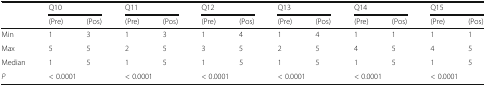
| <ROWSPAN=2>  | <COLSPAN=2> Q10 | <COLSPAN=2> Q11 | <COLSPAN=2> Q12 | <COLSPAN=2> Q13 | <COLSPAN=2> Q14 | <COLSPAN=2> Q15 |
 | (Pre) | (Pos) | (Pre) | (Pos) | (Pre) | (Pos) | (Pre) | (Pos) | (Pre) | (Pos) | (Pre) | (Pos) |
 | --- | --- | --- | --- | --- | --- | --- | --- | --- | --- | --- | --- | --- |
 | Min | 1 | 3 | 1 | 3 | 1 | 4 | 1 | 4 | 1 | 1 | 1 | 1 |
 | Max | 5 | 5 | 2 | 5 | 3 | 5 | 2 | 5 | 4 | 5 | 4 | 5 |
 | Median | 1 | 5 | 1 | 5 | 1 | 5 | 1 | 5 | 1 | 5 | 1 | 5 |
 | P | <COLSPAN=2> < 0.0001 | <COLSPAN=2> < 0.0001 | <COLSPAN=2> < 0.0001 | <COLSPAN=2> < 0.0001 | <COLSPAN=2> < 0.0001 | <COLSPAN=2> < 0.0001 |